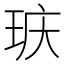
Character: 𮴕